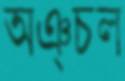
অঞ্চল